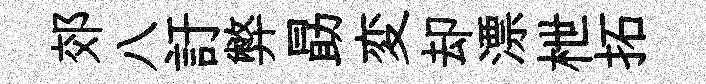
郊八訏弊勗変却漂枻拓